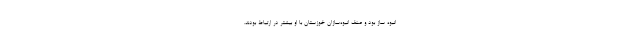
انبوه ساز بود و صنف انبوه‌سازان خوزستان با او بیشتر در ارتباط بودند.